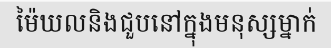
ម៉ៃឃលនិងជួបនៅក្នុងមនុស្សម្នាក់